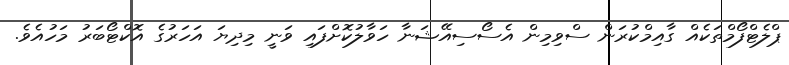
ޕްލެޓްފޯމްތަކެއް ގާއިމްކުރަން ސްވިމިން އެސޯސިއޭޝަނާ ހަވާލުކޮށްފައި ވަނީ މިދިޔަ އަހަރުގެ އޮކްޓޯބަރު މަހުއެވެ.